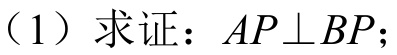
（1）求证：\(AP\perp BP\)；